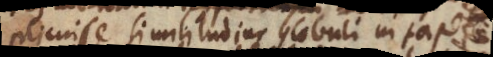
explicuit similitudine globuli in tapete